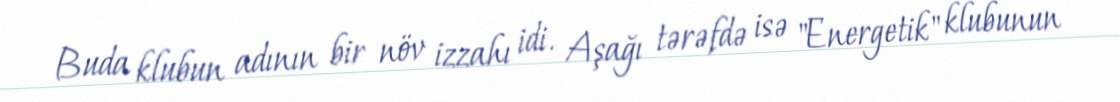
Buda klubun adının bir növ izzahı idi. Aşağı tərəfdə isə "Energetik" klubunun